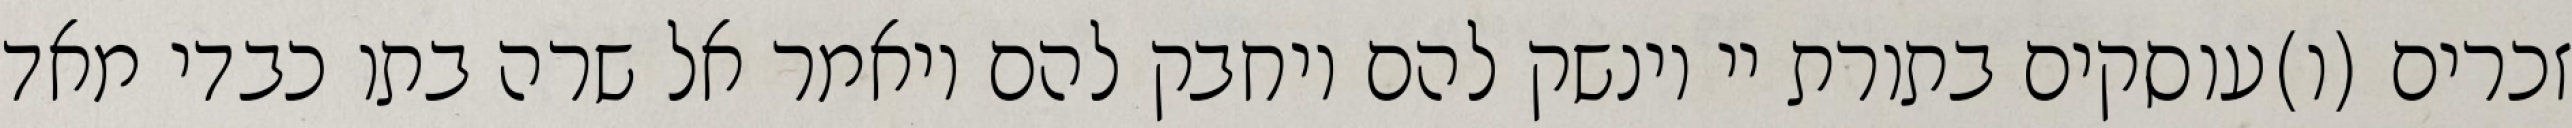
זכרים (ו)עוסקים בתורת יי וינשק להם ויחבק להם ויאמר אל שרה בתו כבדי מאד